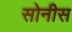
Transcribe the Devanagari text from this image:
सोनीस